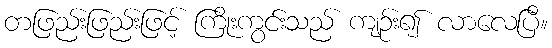
တဖြည်းဖြည်းဖြင့် ကြိုးကွင်းသည် ကျဉ်း၍ လာလေပြီ။